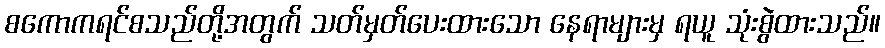
စကောကရင်စသည်တို့အတွက် သတ်မှတ်ပေးထားသော နေရာများမှ ရယူ သုံးစွဲထားသည်။